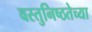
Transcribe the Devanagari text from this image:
वस्तुनिष्ठतेच्या